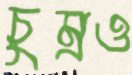
চুম্‌রও